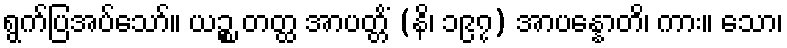
ရွက်ပြအပ်သော်။ ယဉ္စ တတ္ထ အာပတ္တိံ (နိ၊ ၁၉၇) အာပန္နောတိ၊ ကား။ သော၊